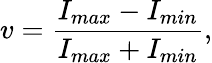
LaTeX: v=\frac{I_{max}-I_{min}}{I_{max}+I_{min}},